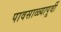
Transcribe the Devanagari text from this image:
पावसाळ्यापूर्वी